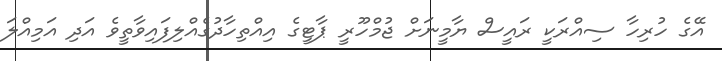
އޭގެ ހުރިހާ ސިއްރަކީ ރައީސް ޔާމީނަށް ޖުމްހޫރީ ޕާޓީގެ އިއްތިހާދުގެއްލިފައިވާތީވެ އަދި އަމިއްލަ